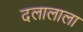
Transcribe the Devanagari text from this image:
दलालाला